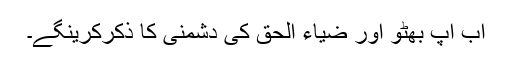
اب آپ بھٹو اور ضیاء الحق کی دشمنی کا ذکرکرینگے۔